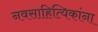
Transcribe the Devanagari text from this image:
नवसाहित्यिकांना